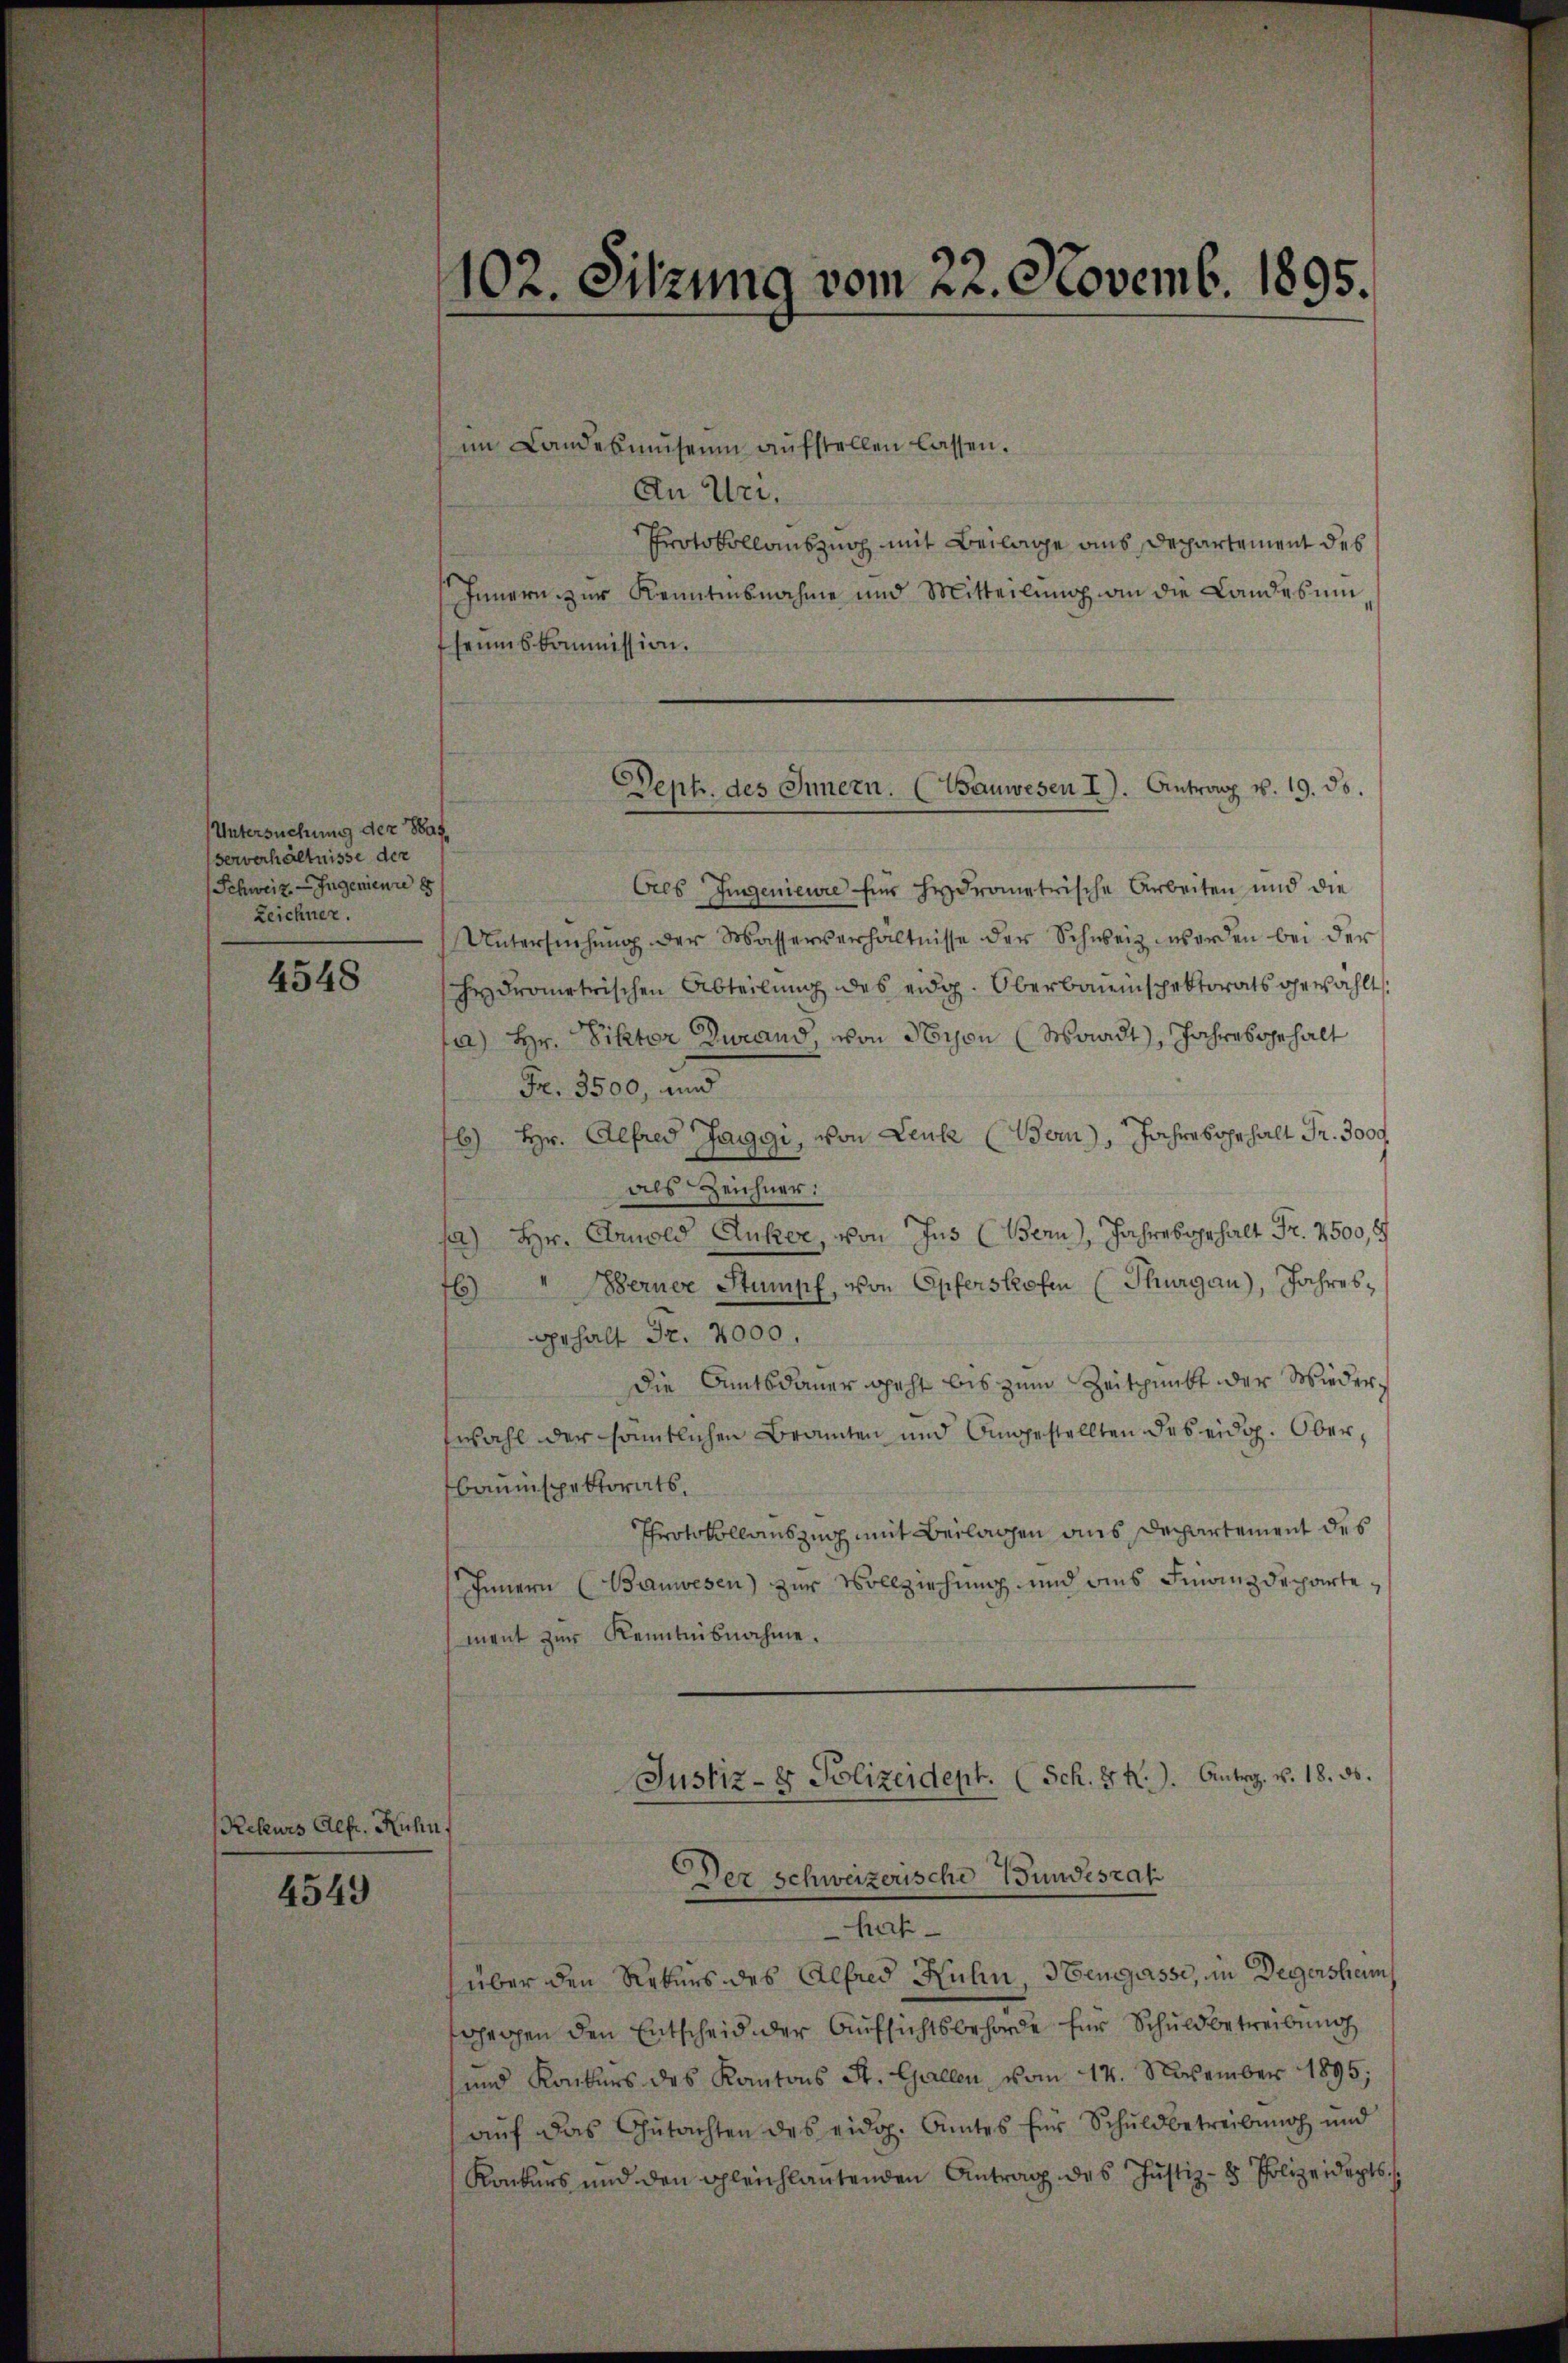
Untersuchung der Saf
ververhältnisse der
Schweiz. - Ingenieure 88
Zeichner.

4548

Rekurs Alfr. Kuhn,

4549

102. Sitzung vom 22. Novemb. 1895.

im Landesmuseum aufstellen lassen.
An Uri,
Protokollauszug mit Beilage aus Departement des
Innern zur Kenntnisnahme und Mitteilung an die Landesumseumskommission.
Cres Ingenieure für hydrometrische Arbeiten und die
Untersŭchŭng der Wasserverhältnisse der Schweiz worden bei der
hydrometrischen Abteilung des eidg. Oberbauinspektorats gewählt
a) Hr. Viktor Zwand, von Sbison (Waadt, Jahres gehalt
Fr. 3500, und
b) Hr. Alfred Jaggi, von Leuk (Bern), Jahres gehalt Fr. 3000
als Zeichner:
sa) Hr. Arnold Anker, von Jus (Bern, Jahres gehalt Fr. 2500,
76) Berner Stumpf, von Opferskofen (Thurgau), Jahresgehalt Fr. 4000.
die Amtsdauer geht bis zum Zeitpunkt der Wiederzwahl der sämtlichen Branten und Angestellten des eidg. Oberbauinspektorats,
Protokollauszug mit Beilagen aus Departement des
Innern (Bauwesen) zur Vollziehung und dies Finanzdepartement zur Kenntnisnahme.
Justiz- & Polizeidept. (Sch. 8 K.). Antrag. v. 18. 30.
Der Schweizerische Wundesrat
Hert
über den Rekurs des Alfred Kuhn Henggasse, in Degensheim
gegen den Entscheid der Aufsichtsbehörde für Schuldbetreibung
und Konkurs des Kantons St. Gallen, vom 14. November 1895;
auf das Gutachten des eidg. Amtes für Schuldbetreibung und
Konkurs und den gleichlautenden Antrag des Justiz- & Polizeidepts

Dept. des Innern. (Tauwesen I. Antrag v. 19. ds.